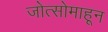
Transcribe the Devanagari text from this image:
जोत्सोमाहून